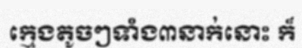
ក្មេងតូចៗទាំង៣នាក់នោះ ក៏